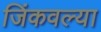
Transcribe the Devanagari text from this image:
जिंकवल्या